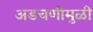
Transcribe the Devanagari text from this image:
अडचणीमुळी